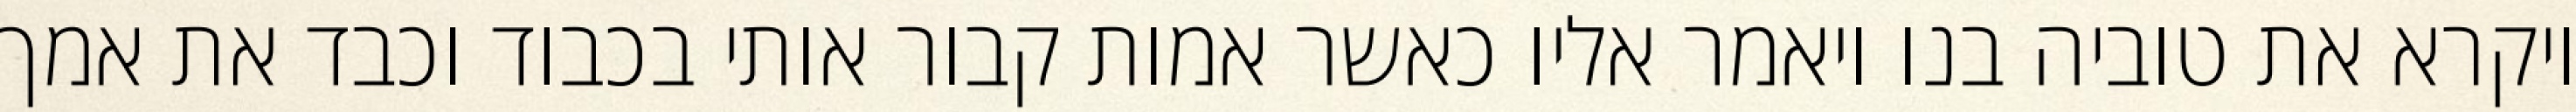
ויקרא את טוביה בנו ויאמר אליו כאשר אמות קבור אותי בכבוד וכבד את אמך